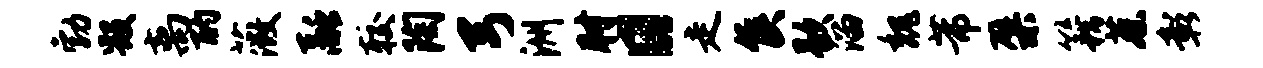
勃毁离酌薇融较陶弓洲肘日走侯歇溜魏芾檗籍蔡彰